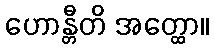
ဟောန္တီတိ အတ္ထော။